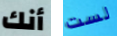
أنك لست